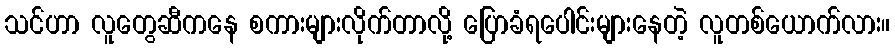
သင်ဟာ လူတွေဆီကနေ စကားများလိုက်တာလို့ ပြောခံရပေါင်းများနေတဲ့ လူတစ်ယောက်လား။